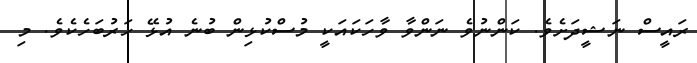
ރައީސް ނަޝީދަށެވެ. ކަންނުވެ ނަންވާ ވާހަކައަކީ މުސްކުޅިން ބުނެ އުޅޭ ހަރުބަހެކެވެ. މި